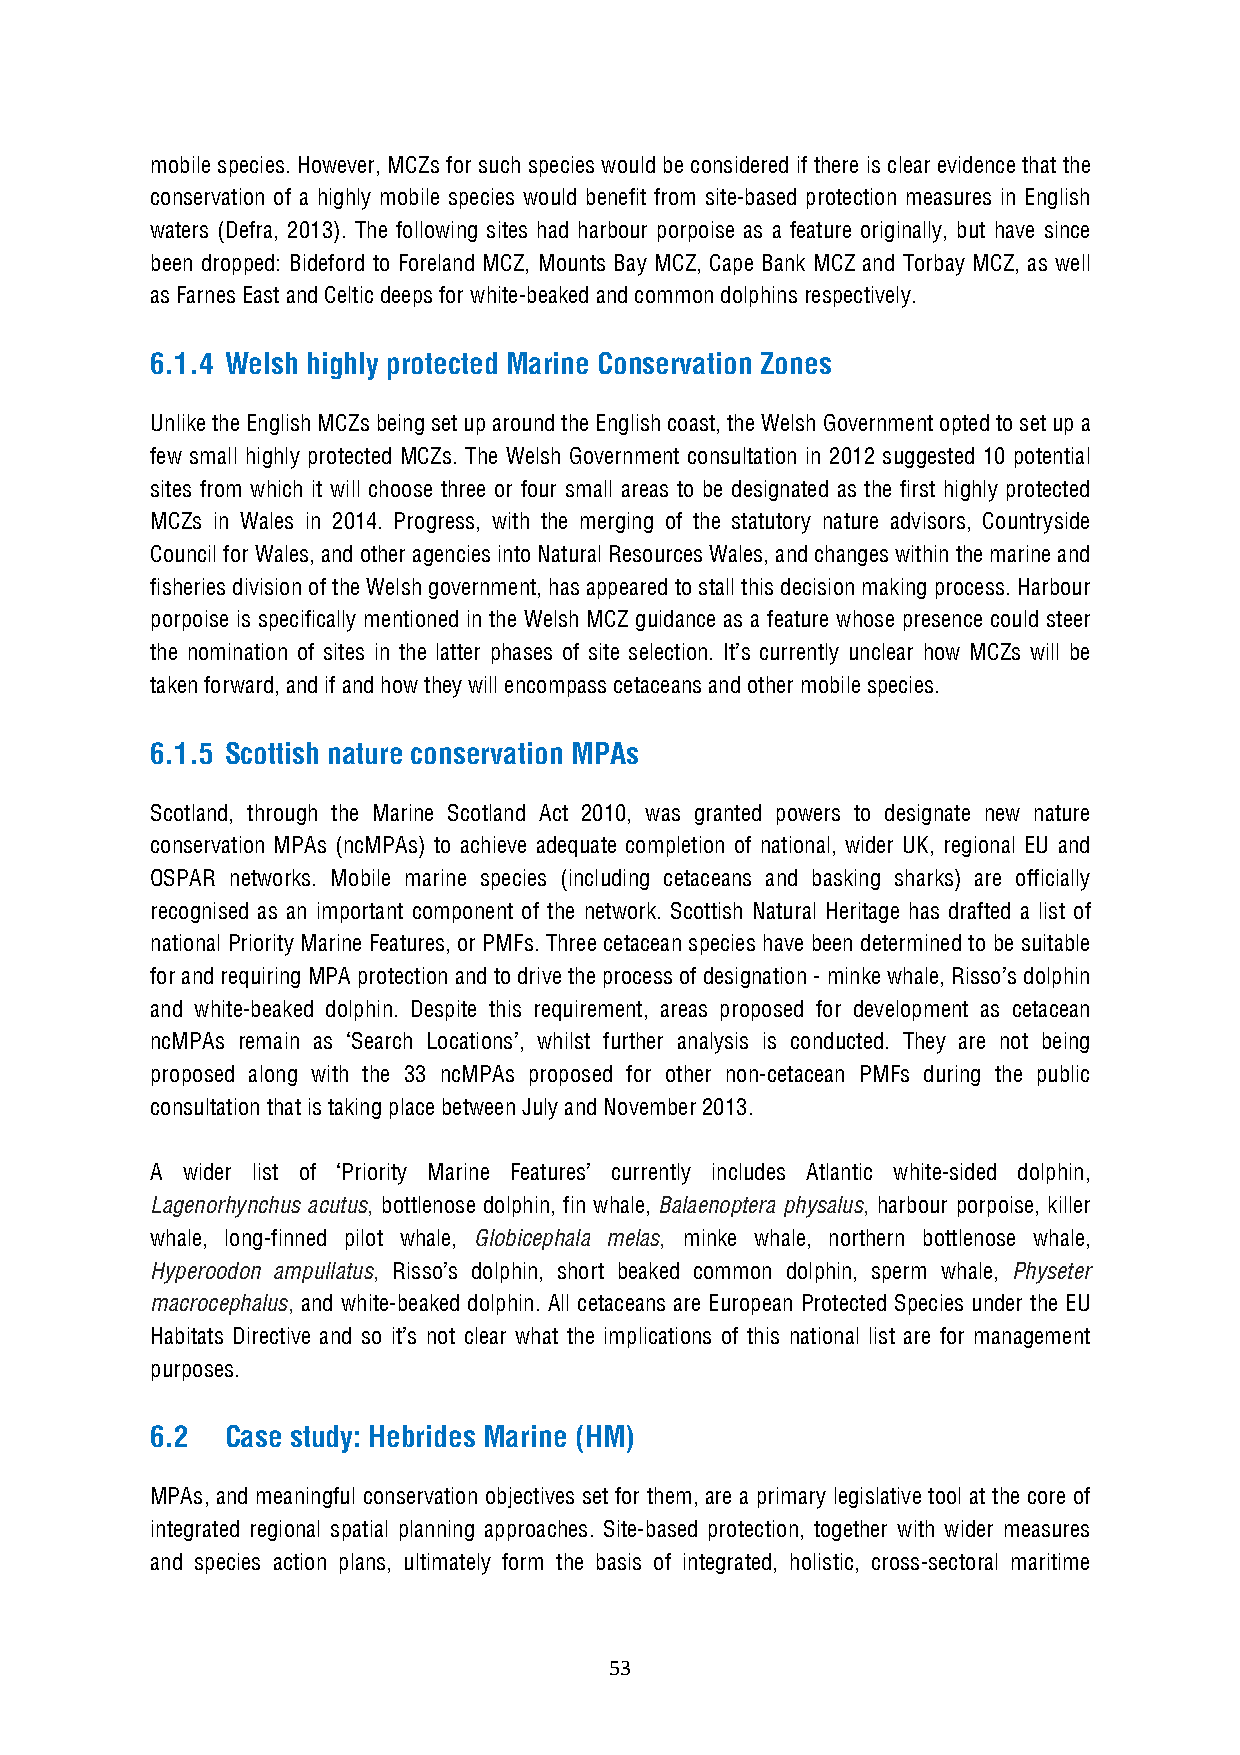
mobile species. However, MCZs for such species would be considered if there is clear evidence that the
 conservation of a highly mobile species would benefit from site-based protection measures in English
 waters (Defra, 2013). The following sites had harbour porpoise as a feature originally, but have since
 been dropped: Bideford to Foreland MCZ, Mounts Bay MCZ, Cape Bank MCZ and Torbay MCZ, as well
 as Farnes East and Celtic deeps for white-beaked and common dolphins respectively.
 6.1.4 Welsh highly protected Marine Conservation Zones
 Unlike the English MCZs being set up around the English coast, the Welsh Government opted to set up a
 few small highly protected MCZs. The Welsh Government consultation in 2012 suggested 10 potential
 sites from which it will choose three or four small areas to be designated as the first highly protected
 MCZs in Wales in 2014. Progress, with the merging of the statutory nature advisors, Countryside
 Council for Wales, and other agencies into Natural Resources Wales, and changes within the marine and
 fisheries division of the Welsh government, has appeared to stall this decision making process. Harbour
 porpoise is specifically mentioned in the Welsh MCZ guidance as a feature whose presence could steer
 the nomination of sites in the latter phases of site selection. It’s currently unclear how MCZs will be
 taken forward, and if and how they will encompass cetaceans and other mobile species.
 6.1.5 Scottish nature conservation MPAs
 Scotland, through the Marine Scotland Act 2010, was granted powers to designate new nature
 conservation MPAs (ncMPAs) to achieve adequate completion of national, wider UK, regional EU and
 OSPAR networks. Mobile marine species (including cetaceans and basking sharks) are officially
 recognised as an important component of the network. Scottish Natural Heritage has drafted a list of
 national Priority Marine Features, or PMFs. Three cetacean species have been determined to be suitable
 for and requiring MPA protection and to drive the process of designation - minke whale, Risso’s dolphin
 and white-beaked dolphin. Despite this requirement, areas proposed for development as cetacean
 ncMPAs remain as ‘Search Locations’, whilst further analysis is conducted. They are not being
 proposed along with the 33 ncMPAs proposed for other non-cetacean PMFs during the public
 consultation that is taking place between July and November 2013.
 A wider list of ‘Priority Marine Features’ currently includes Atlantic white-sided dolphin,
 Lagenorhynchus acutus, bottlenose dolphin, fin whale, Balaenoptera physalus, harbour porpoise, killer
 whale, long-finned pilot whale, Globicephala melas, minke whale, northern bottlenose whale,
 Hyperoodon ampullatus, Risso’s dolphin, short beaked common dolphin, sperm whale, Physeter
 macrocephalus, and white-beaked dolphin. All cetaceans are European Protected Species under the EU
 Habitats Directive and so it’s not clear what the implications of this national list are for management
 purposes.
 6.2  Case study: Hebrides Marine (HM)
 MPAs, and meaningful conservation objectives set for them, are a primary legislative tool at the core of
 integrated regional spatial planning approaches. Site-based protection, together with wider measures
 and species action plans, ultimately form the basis of integrated, holistic, cross-sectoral maritime
 53